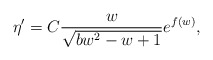
\begin{align*}\eta' = C \frac{w}{\sqrt{bw^2-w+1}}e^{f(w)},\end{align*}